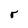
Character: r